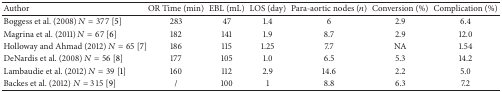
<table><thead><tr><td><b>Author</b></td><td><b>OR Time (min)</b></td><td><b>EBL (mL)</b></td><td><b>LOS (day)</b></td><td><b>Para-aortic nodes (<i>n</i>)</b></td><td><b>Conversion (%)</b></td><td><b>Complication (%)</b></td></tr></thead><tbody><tr><td>Boggess et al. (2008)<i>N</i> = 377 [5]</td><td>283</td><td>47</td><td>1.4</td><td>6</td><td>2.9</td><td>6.4</td></tr><tr><td>Magrina et al. (2011) <i>N</i> = 67 [6]</td><td>182</td><td>141</td><td>1.9</td><td>8.7</td><td>2.9</td><td>12.0</td></tr><tr><td>Holloway and Ahmad (2012) <i>N</i> = 65 [7]</td><td>186</td><td>115</td><td>1.25</td><td>7.7</td><td>NA</td><td>1.54</td></tr><tr><td>DeNardis et al. (2008) <i>N</i> = 56 [8]</td><td>177</td><td>105</td><td>1.0</td><td>6.5</td><td>5.3</td><td>14.2</td></tr><tr><td>Lambaudie et al. (2012) <i>N</i> = 39 [1]</td><td>160</td><td>112</td><td>2.9</td><td>14.6</td><td>2.2</td><td>5.0</td></tr><tr><td>Backes et al. (2012) <i>N</i> = 315 [9]</td><td>/</td><td>100</td><td>1</td><td>8.8</td><td>6.3</td><td>7.2</td></tr></tbody></table>